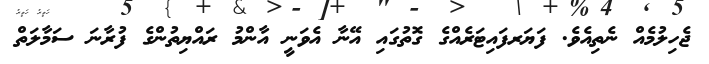
ޖެހިލުމެއް ނެތިއެވެ. ފަޔަރފައިޓަރެއްގެ ގޮތުގައި އޭނާ އެވަނީ އާންމު ރައްޔިތުންގެ ފުރާނަ ސަމާލަތް